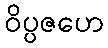
ဝိပ္ပဇဟေ